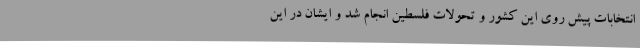
انتخابات پیش روی این کشور و تحولات فلسطین انجام شد و ایشان در این